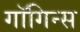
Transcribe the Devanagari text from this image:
गाॅगिन्स